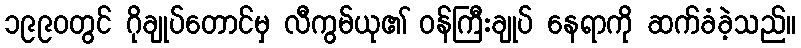
၁၉၉၀တွင် ဂိုချုပ်တောင်မှ လီကွမ်ယု၏ ဝန်ကြီးချုပ် နေရာကို ဆက်ခံခဲ့သည်။